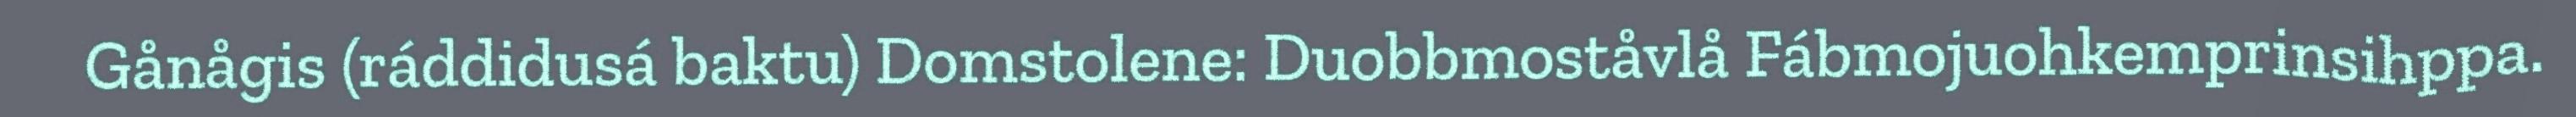
Gånågis (ráddidusá baktu) Domstolene: Duobbmoståvlå Fábmojuohkemprinsihppa.